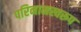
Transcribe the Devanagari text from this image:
परिनामस्वरूप